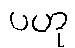
ပဟု